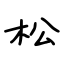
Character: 松